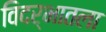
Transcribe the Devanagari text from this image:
विदर्भातला